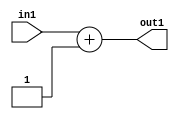
`timescale 1ps / 1ps
/*****************************************************************************
    Verilog RTL Description
    
    
    Created by: Stratus DpOpt 2019.1.04 
*******************************************************************************/

module fir_Add_3U_4_4 (
	in1,
	out1
	); /* architecture "behavioural" */ 
input [2:0] in1;
output [2:0] out1;
wire [2:0] asc001;

assign asc001 = 
	+(in1)
	+(3'B001);

assign out1 = asc001;
endmodule

/* CADENCE  urb0SAk= : u9/ySgnWtBlWxVbRXgAU4eg= ** DO NOT EDIT THIS LINE ******/